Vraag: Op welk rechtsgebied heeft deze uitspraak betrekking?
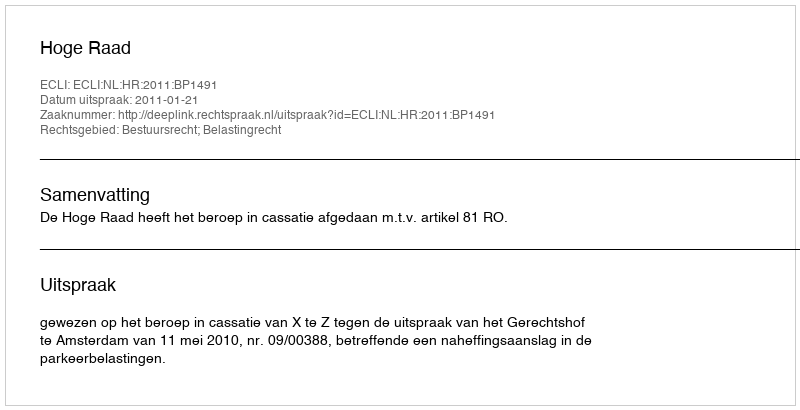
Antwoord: Bestuursrecht; Belastingrecht